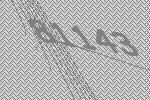
81143